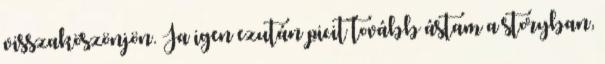
visszaköszönjön. Ja igen ezután picit tovább ástam a storyban,